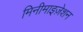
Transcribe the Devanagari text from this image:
मिनीमाइज़ेशन